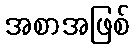
အစာအဖြစ်